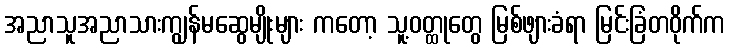
အညာသူအညာသားကျွန်မဆွေမျိုးများ ကတော့ သူ့ဝတ္ထုတွေ မြစ်ဖျားခံရာ မြင်းခြံတဝိုက်က